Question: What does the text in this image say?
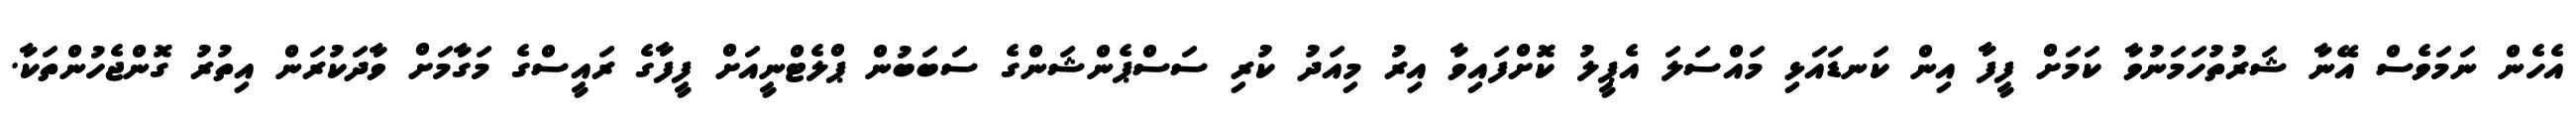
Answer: އެހެން ނަމަވެސް އޭނާ ޝަރުތުހަމަނުވާ ކަމަށް ފީފާ އިން ކަނޑައަޅި މައްސަލަ އެޕީލު ކޮށްފައިވާ އިރު މިއަދު ކުރި ސަސްޕެންޝަންގެ ސަބަބުން ޕްލެޓްނީއަށް ފީފާގެ ރައީސްގެ މަގާމަށް ވާދަކުރަން އިތުރު ގޮންޖެހުންތަކާ.